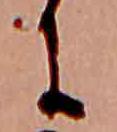
に